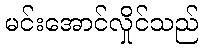
မင်းအောင်လှိုင်သည်